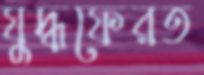
যুদ্ধফেরত